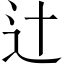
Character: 辻